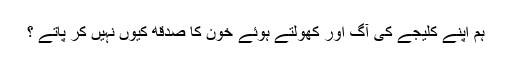
ہم اپنے کلیجے کی آگ اور کھولتے ہوئے خون کا صدقه کیوں نہیں کر پاتے ؟